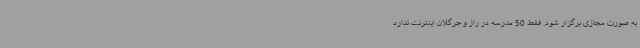
به صورت مجازی برگزار شود. فقط 50 مدرسه در راز و جرگلان اینترنت ندارد